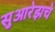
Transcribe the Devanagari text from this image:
सुआरेझचे